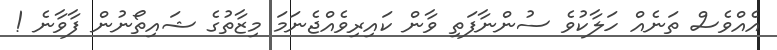
އެއްވެސް ތަނެއް ހަލާކުވެ ސުންނާފަތި ވާން ކައިރިވެއްޖެނަމަ މިޒާތުގެ ޝައިތޯނުން ފާވާނެ !